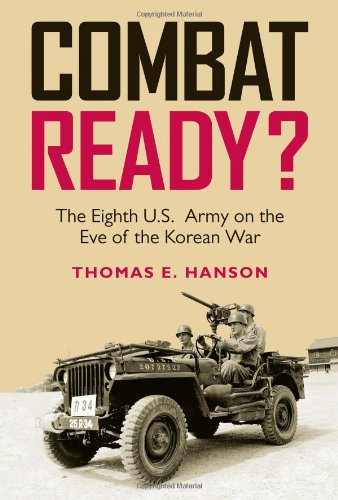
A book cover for Combat Ready?: The Eighth U.S. Army on the Eve of the Korean War (Williams-Ford Texas A&M University Military History Series); Thomas E. Hanson; History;